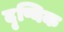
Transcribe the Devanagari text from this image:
दृष्यिक